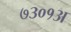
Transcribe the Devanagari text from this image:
७३०१अ